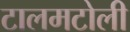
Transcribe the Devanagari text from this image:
टालमटोली